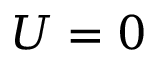
U = 0